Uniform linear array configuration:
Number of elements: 4
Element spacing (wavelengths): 1
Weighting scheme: kaiser
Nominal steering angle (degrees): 15
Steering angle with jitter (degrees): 16.141
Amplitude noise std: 0.05
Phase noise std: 0.05

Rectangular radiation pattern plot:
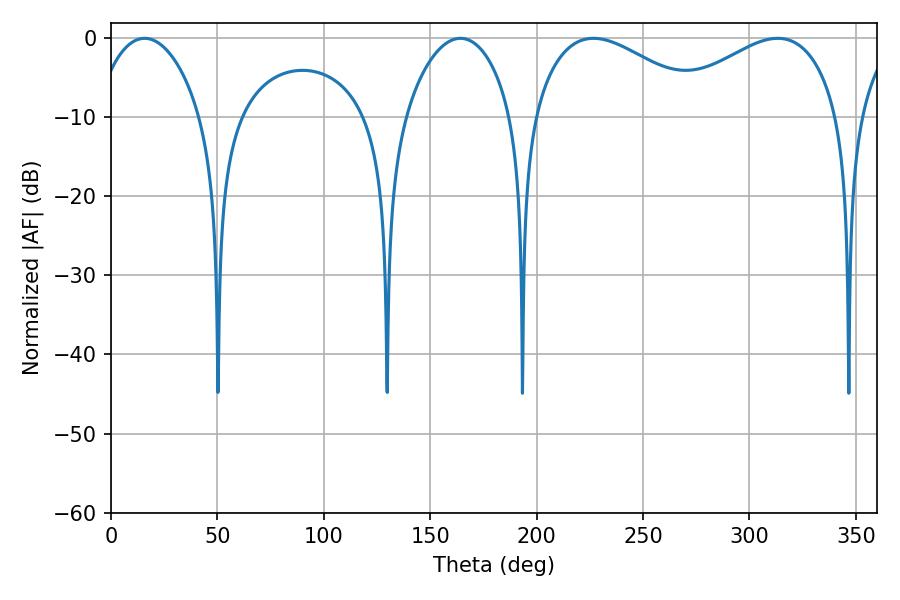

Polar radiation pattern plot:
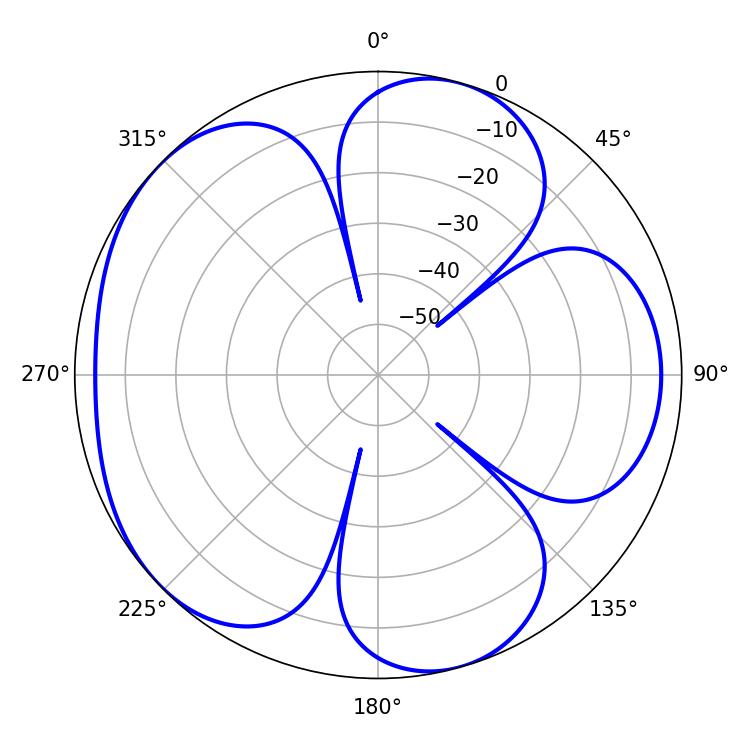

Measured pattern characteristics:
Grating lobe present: TRUE
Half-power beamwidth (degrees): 28.44
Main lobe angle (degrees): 15.84